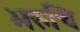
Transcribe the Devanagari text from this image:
भरुचि